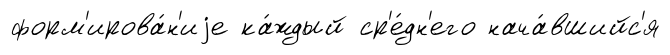
форм'ирова́н'иjе ка́ждый ср'е́дн'его нача́вшийс'я